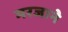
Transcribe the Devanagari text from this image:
मरजाने